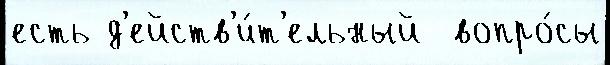
есть д'ейств'и́т'ельный  вопро́сы